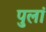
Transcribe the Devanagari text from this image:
पुलां